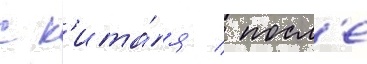
с к'ита́я / посл'е